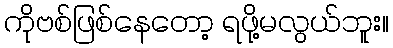
ကိုဗစ်ဖြစ်နေတော့ ရဖို့မလွယ်ဘူး။